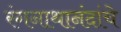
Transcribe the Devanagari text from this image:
रंगनाथानंदांचे